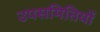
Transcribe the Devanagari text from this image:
उपसमितियों